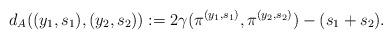
LaTeX: \begin{align*} d_A((y_1,s_1),(y_2,s_2)) := 2\gamma(\pi^{(y_1,s_1)},\pi^{(y_2,s_2)}) - (s_1 + s_2). \end{align*}